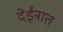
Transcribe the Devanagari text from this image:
देईनात